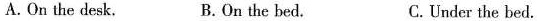
A.On the desk, B.On the bed. C.Under the bed.